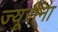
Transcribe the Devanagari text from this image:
ज्यूरींना